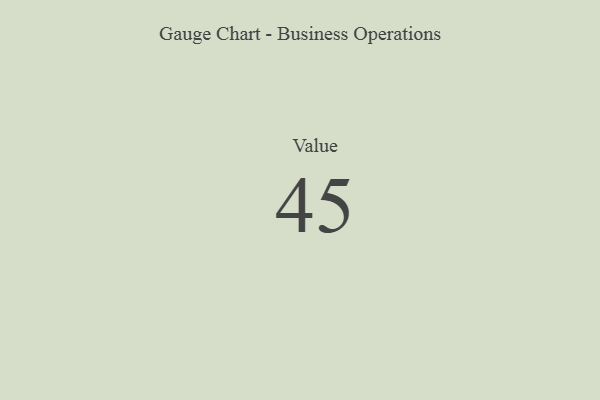
{"axis": {"x": "Metric", "y": "Value"}, "legend": [""], "data": [{"x": "Value", "y": 45, "type": ""}]}